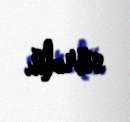
sürdü.